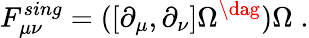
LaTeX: F_{\mu\nu}^{sing}=([\partial_{\mu},\partial_{\nu}]\Omega^{\dag})\Omega\; .